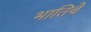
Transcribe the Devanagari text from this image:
भातिचे